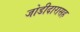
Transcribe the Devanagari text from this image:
जोडीदारासह